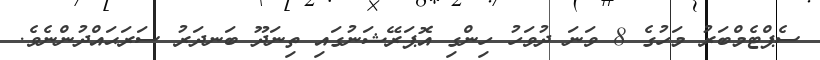
ސެޕްޓެމްބަރު މަހުގެ 8 ވަނަ ދުވަހު ހިންގި އޮޕަރޭޝަނުގައި ތިނަދޫ ބަނދަރު ސަރަޙައްދުންނެވެ.